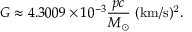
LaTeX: G \approx 4 . 3 0 0 9 \times 1 0 ^ { - 3 } \mathrm { { } } { \frac { p c } { M _ { \odot } } } \mathrm { { \ ( k m / s ) ^ { 2 } } } .